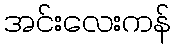
အင်းလေးကန်